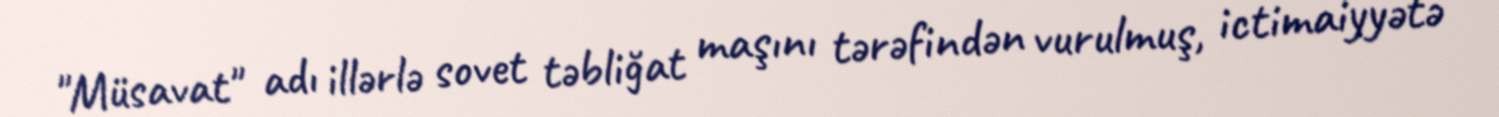
"Müsavat" adı illərlə sovet təbliğat maşını tərəfindən vurulmuş, ictimaiyyətə